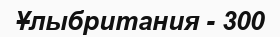
Ұлыбритания - 300